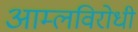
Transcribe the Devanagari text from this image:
आम्लविरोधी